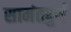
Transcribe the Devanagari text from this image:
सामंतदुर्ग